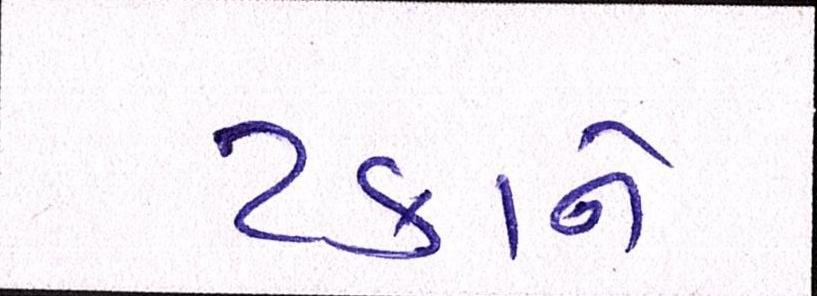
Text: ટકાને